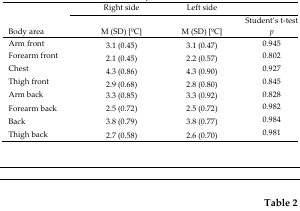
|  | Right side | Left side |  |
 | Body area | M (SD) [oC] | M (SD) [oC] | Student’s t-test p |
 | --- | --- | --- | --- |
 | Arm front | 3.1 (0.45) | 3.1 (0.47) | 0.945 |
 | Forearm front | 2.1 (0.45) | 2.2 (0.57) | 0.802 |
 | Chest | 4.3 (0.86) | 4.3 (0.90) | 0.927 |
 | Thigh front | 2.9 (0.68) | 2.8 (0.80) | 0.845 |
 | Arm back | 3.3 (0.85) | 3.3 (0.92) | 0.828 |
 | Forearm back | 2.5 (0.72) | 2.5 (0.72) | 0.982 |
 | Back | 3.8 (0.79) | 3.8 (0.77) | 0.984 |
 | Thigh back | 2.7 (0.58) | 2.6 (0.70) | 0.981 |